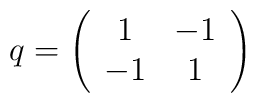
q = \left( \begin{array}{cc}  1 & -1 \\ -1 & 1 \end{array} \right)